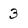
Character: 3